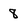
Character: 8